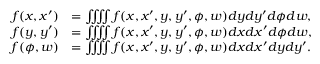
\begin{array} { r l } { f ( x , x ^ { \prime } ) } & { = \iiiint f ( x , x ^ { \prime } , y , y ^ { \prime } , \phi , w ) { d y } { d y ^ { \prime } } { d \phi } { d w } , } \\ { f ( y , y ^ { \prime } ) } & { = \iiiint f ( x , x ^ { \prime } , y , y ^ { \prime } , \phi , w ) { d x } { d x ^ { \prime } } { d \phi } { d w } , } \\ { f ( \phi , w ) } & { = \iiiint f ( x , x ^ { \prime } , y , y ^ { \prime } , \phi , w ) { d x } { d x ^ { \prime } } { d y } { d y ^ { \prime } } . } \end{array}